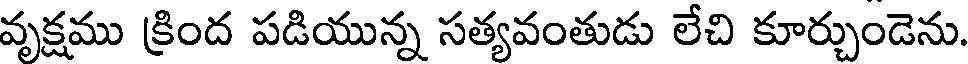
వృక్షము క్రింద పడియున్న సత్యవంతుడు లేచి కూర్చుండెను.